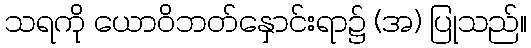
သရကို ယောဝိဘတ်နှောင်းရာ၌ (အ) ပြုသည်။